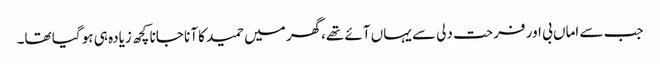
جب سے اماں بی اور فرحت دلی سے یہاں آئے تھے،گھر میں حمید کا آنا جانا کچھ زیادہ ہی ہو گیا تھا۔